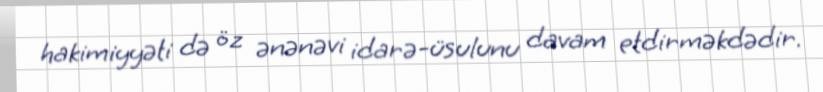
hakimiyyəti də öz ənənəvi idarə-üsulunu davam etdirməkdədir.